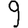
Digit: 9